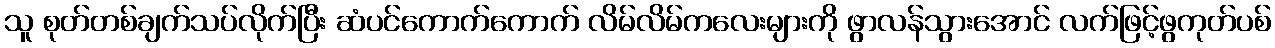
သူ စုတ်တစ်ချက်သပ်လိုက်ပြီး ဆံပင်ကောက်ကောက် လိမ်လိမ်ကလေးများကို ဖွာလန်သွားအောင် လက်ဖြင့်ဖွကုတ်ပစ်